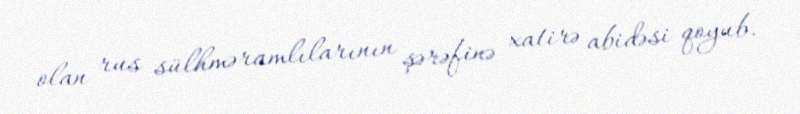
olan rus sülhməramlılarının şərəfinə xatirə abidəsi qoyub.